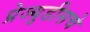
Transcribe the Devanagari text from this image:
प्रेज्युडीसचे